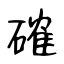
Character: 確